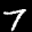
Label: 7